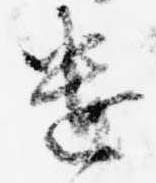
遣